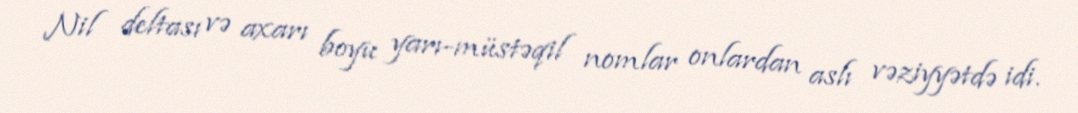
Nil deltası və axarı boyu yarı-müstəqil nomlar onlardan aslı vəziyyətdə idi.